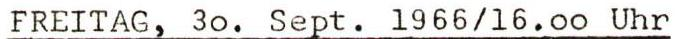
FREITAG, 30. Sept. 1966/16.00 Uhr